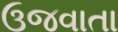
ઉજવાતા